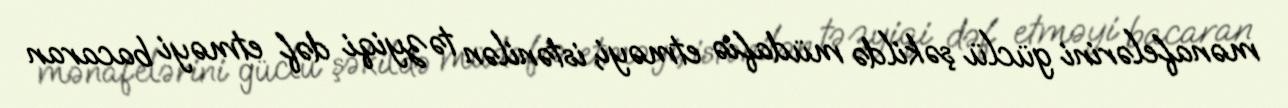
mənafelərini güclü şəkildə müdafiə etməyi, istənilən təzyiqi dəf etməyi bacaran